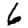
Digit: 6